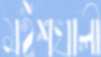
মইশখালী